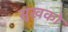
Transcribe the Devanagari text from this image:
सुखको